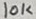
Text: 10K